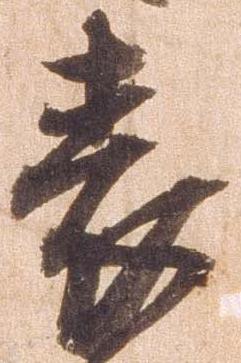
表